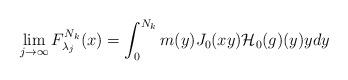
LaTeX: \begin{align*}\lim_{j\to\infty}F_{{\lambda_j}}^{N_k}(x)=\int_0^{N_k}m(y)J_{0}(xy)\mathcal{H}_{0}(g)(y)ydy\end{align*}